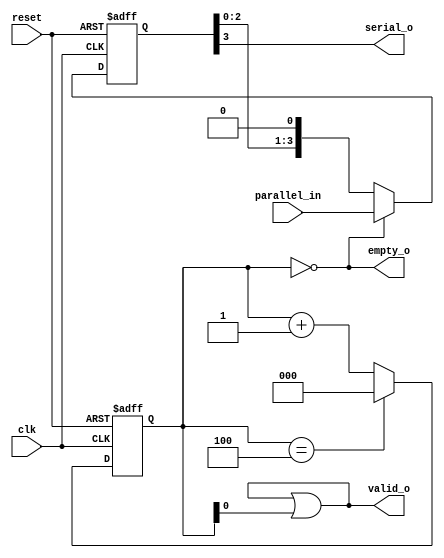
module day13(
  input wire clk,
  input wire reset,
  
  input wire[3:0] parallel_in,
  output wire serial_o,
  output wire empty_o,
  output wire valid_o
);

  reg [3:0] shift_data;
wire [3:0] next;

// shift register to shift data on clk
always@(posedge clk or posedge reset)
  begin
    if(reset)
      	shift_data <= 4'h0;
    else
      shift_data <= next;
  end

//To take parallel input if empty, else shift left serially  to output 
assign next = empty_o? parallel_in : {shift_data[2:0],1'b0};
assign serial_o = shift_data[3];


//counter to generate valid and empty signal
reg [2:0] count_reg;
wire [2:0] next_count;

      
always@(posedge clk or posedge reset)
  begin
    if(reset)
      count_reg<=3'h0;
    else
      count_reg<=next_count;
  end

//count goes to zero once all data goes out i.e. at count=4
assign next_count= (count_reg==3'h4)?3'h0:count_reg +3'h1 ;

// empty goes high when count_reg=0
assign empty_o = (count_reg==3'h0);

//valid=1 till count is not equal to zero
   assign valid_o = valid_o | count_reg;

endmodule